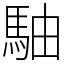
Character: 駎